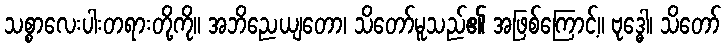
သစ္စာလေးပါးတရားတို့ကို။ အဘိညေယျတော၊ သိတော်မူသည်၏ အဖြစ်ကြောင့်။ ဗုဒ္ဓေါ၊ သိတော်